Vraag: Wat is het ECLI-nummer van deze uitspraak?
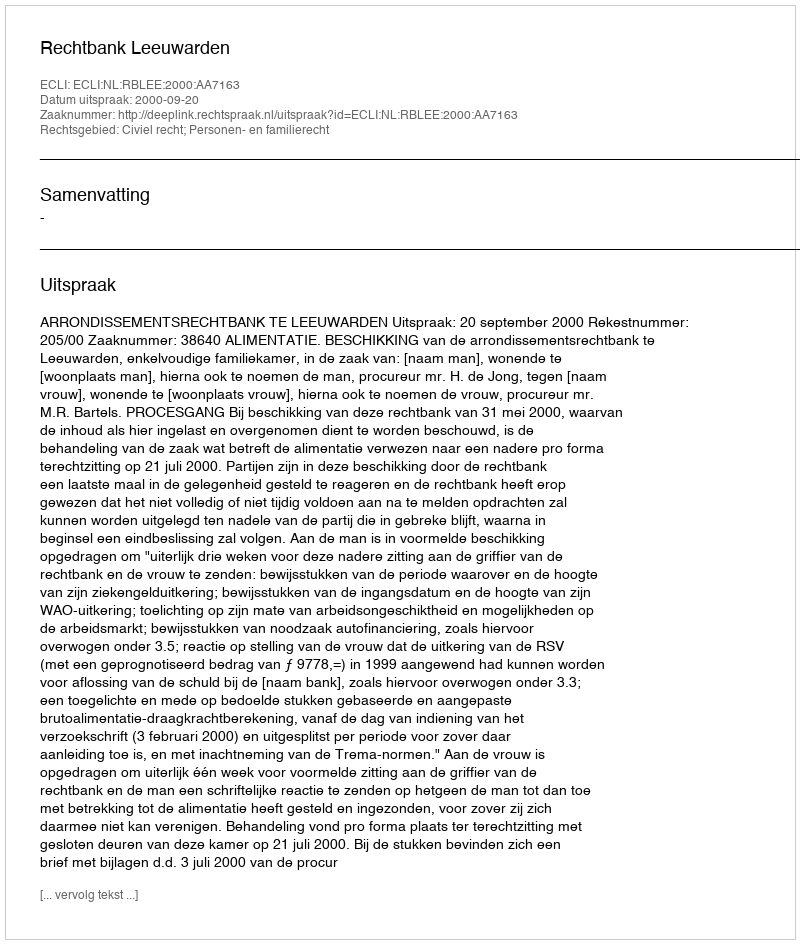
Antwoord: ECLI:NL:RBLEE:2000:AA7163